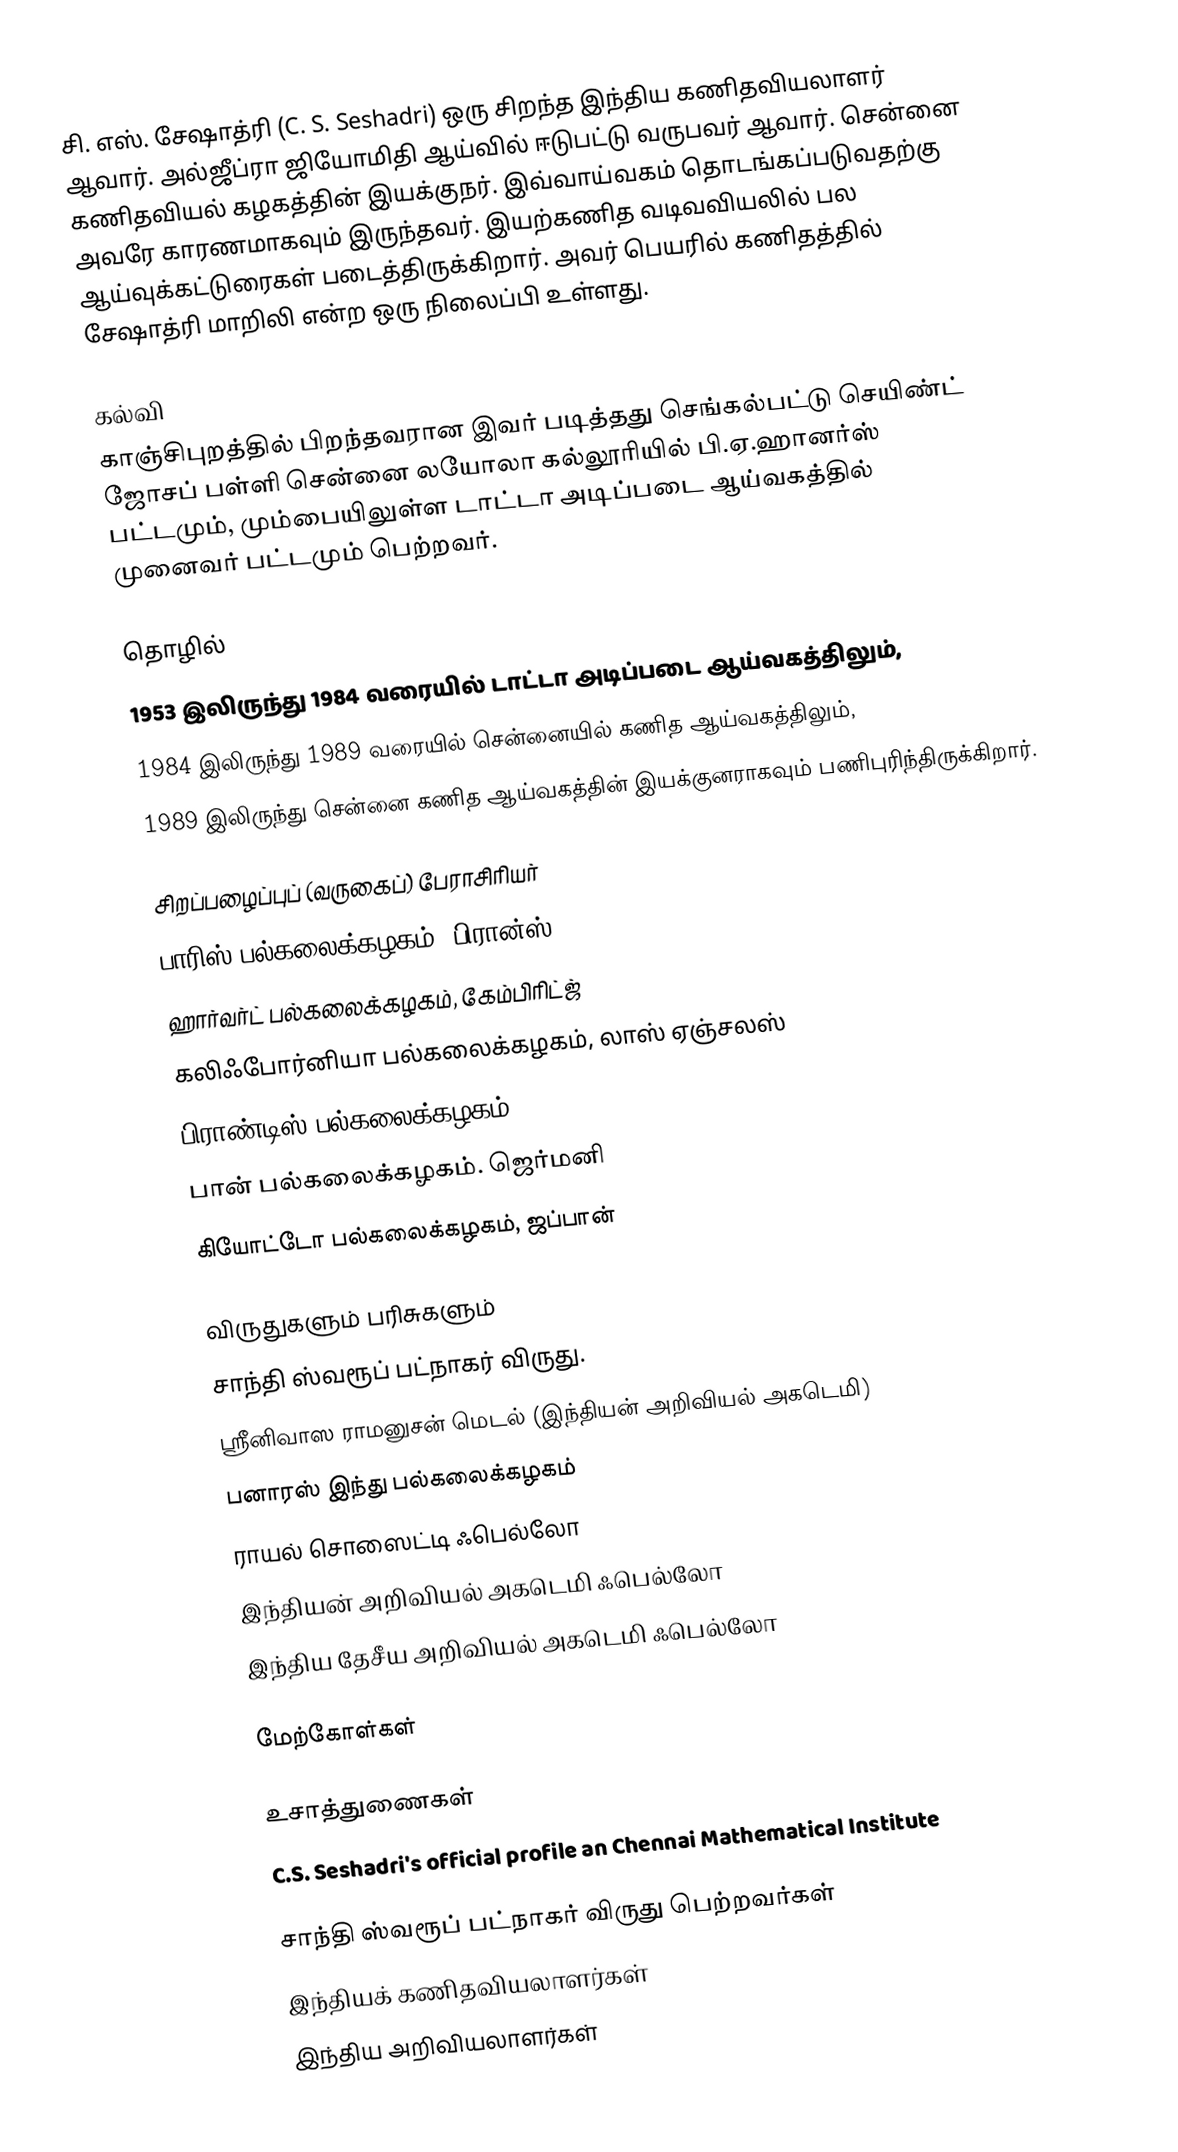
சி. எஸ். சேஷாத்ரி (C. S. Seshadri) ஒரு சிறந்த இந்திய கணிதவியலாளர் ஆவார். அல்ஜீப்ரா ஜியோமிதி ஆய்வில் ஈடுபட்டு வருபவர் ஆவார். சென்னை கணிதவியல் கழகத்தின் இயக்குநர். இவ்வாய்வகம் தொடங்கப்படுவதற்கு அவரே காரணமாகவும் இருந்தவர். இயற்கணித வடிவவியலில் பல ஆய்வுக்கட்டுரைகள் படைத்திருக்கிறார்.  அவர் பெயரில் கணிதத்தில் சேஷாத்ரி மாறிலி என்ற ஒரு நிலைப்பி உள்ளது.

கல்வி
காஞ்சிபுறத்தில் பிறந்தவரான இவர் படித்தது செங்கல்பட்டு செயிண்ட் ஜோசப் பள்ளி சென்னை லயோலா கல்லூரியில் பி.ஏ.ஹானர்ஸ் பட்டமும், மும்பையிலுள்ள டாட்டா அடிப்படை ஆய்வகத்தில் முனைவர் பட்டமும் பெற்றவர்.

தொழில்
1953 இலிருந்து 1984 வரையில் டாட்டா அடிப்படை ஆய்வகத்திலும்,
1984 இலிருந்து 1989 வரையில் சென்னையில்  கணித  ஆய்வகத்திலும்,
1989 இலிருந்து  சென்னை கணித ஆய்வகத்தின்  இயக்குனராகவும் பணிபுரிந்திருக்கிறார்.

சிறப்பழைப்புப் (வருகைப்) பேராசிரியர்
பாரிஸ் பல்கலைக்கழகம், பிரான்ஸ்.
ஹார்வர்ட் பல்கலைக்கழகம், கேம்பிரிட்ஜ்
கலிஃபோர்னியா பல்கலைக்கழகம், லாஸ் ஏஞ்சலஸ்
பிராண்டிஸ் பல்கலைக்கழகம்.
பான் பல்கலைக்கழகம். ஜெர்மனி
கியோட்டோ பல்கலைக்கழகம், ஜப்பான்

விருதுகளும் பரிசுகளும்
சாந்தி ஸ்வரூப் பட்நாகர் விருது.
ஸ்ரீனிவாஸ ராமனுசன் மெடல் (இந்தியன் அறிவியல் அகடெமி)
பனாரஸ் இந்து பல்கலைக்கழகம்
ராயல் சொஸைட்டி ஃபெல்லோ
இந்தியன் அறிவியல் அகடெமி ஃபெல்லோ
இந்திய தேசீய அறிவியல் அகடெமி ஃபெல்லோ

மேற்கோள்கள்

உசாத்துணைகள்
  C.S. Seshadri's official profile an Chennai Mathematical Institute

சாந்தி ஸ்வரூப் பட்நாகர் விருது பெற்றவர்கள்
இந்தியக் கணிதவியலாளர்கள்
இந்திய அறிவியலாளர்கள்